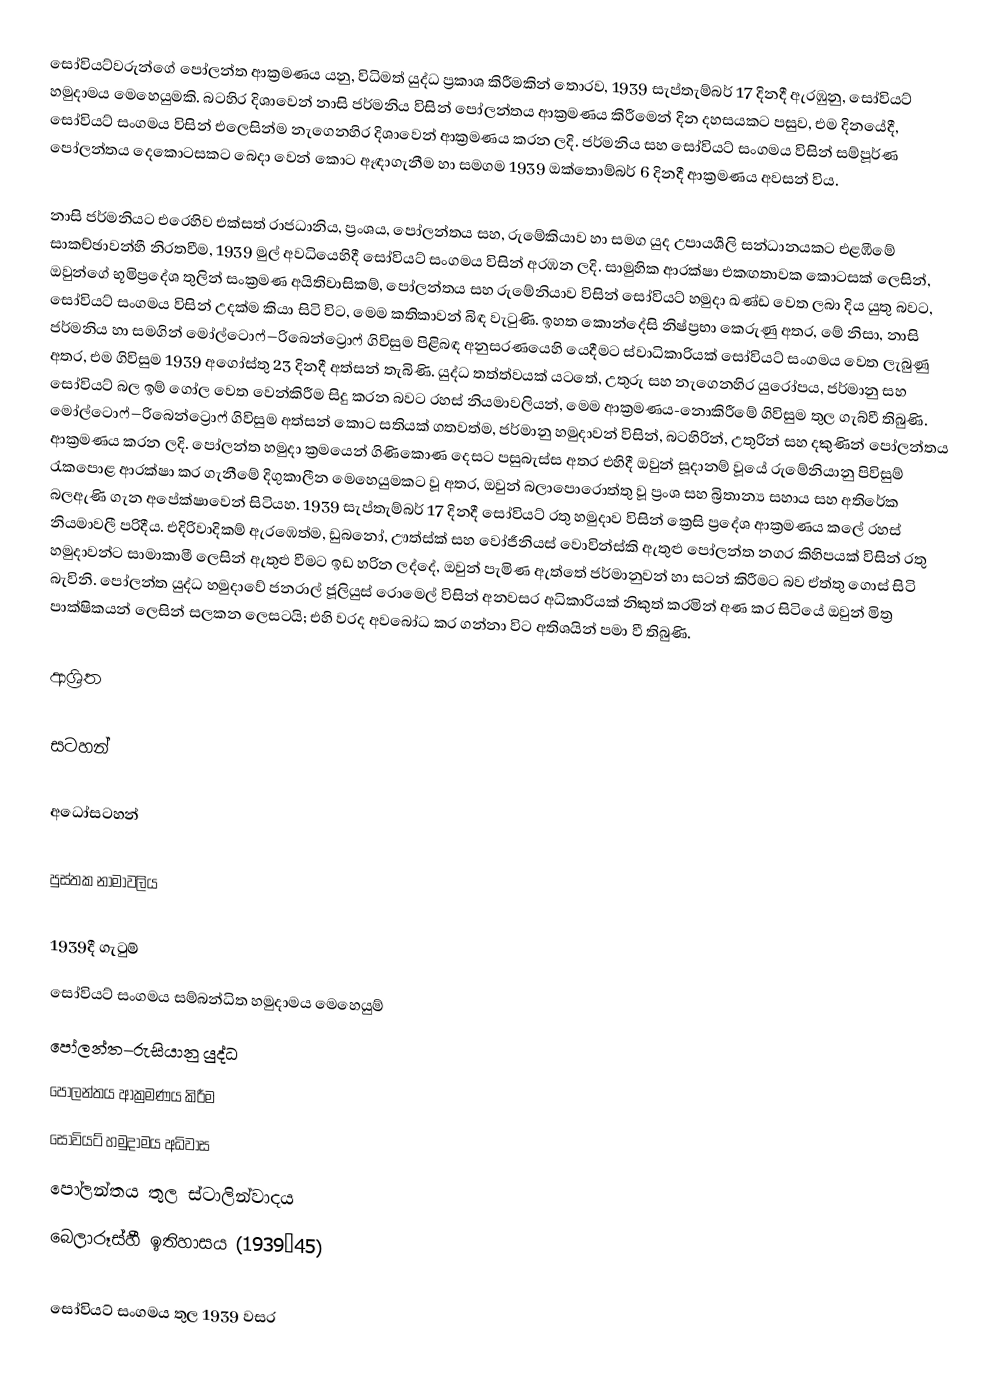
සෝවියට්වරුන්ගේ පෝලන්ත ආක්‍රමණය යනු, විධිමත්   යුද්ධ ප්‍රකාශ කිරීමකින් තොරව,  1939 සැප්තැම්බර් 17 දිනදී ඇරඹුනු, සෝවියට් හමුදාමය මෙහෙයුමකි.  බටහිර දිශාවෙන් නාසි ජර්මනිය විසින් පෝලන්තය ආක්‍රමණය කිරීමෙන් දින දහසයකට පසුව, එම දිනයේදී, සෝවියට් සංගමය විසින් එලෙසින්ම නැගෙනහිර දිශාවෙන් ආක්‍රමණය කරන ලදි. ජර්මනිය සහ සෝවියට් සංගමය විසින්  සම්පූර්ණ   පෝලන්තය දෙකොටසකට බෙදා වෙන් කොට ඈඳාගැනීම හා සමගම 1939 ඔක්තොම්බර් 6 දිනදී ආක්‍රමණය අවසන් විය.

නාසි ජර්මනියට එරෙහිව එක්සත් රාජධානිය, ප්‍රංශය, පෝලන්තය සහ, රුමේකියාව හා සමග යුද උපායශීලි සන්ධානයකට එළඹීමේ  සාකච්ඡාවන්හී නිරතවීම,  1939 මුල් අවධියෙහිදී සෝවියට් සංගමය විසින් අරඹන ලදි. සාමුහික ආරක්ෂා එකඟතාවක කොටසක් ලෙසින්, ඔවුන්ගේ භූමිප්‍රදේශ තුලින් සංක්‍රමණ අයිතිවාසිකම්, පෝලන්තය සහ රුමේනියාව විසින් සෝවියට් හමුදා ඛණ්ඩ වෙත ලබා දිය යුතු බවට, සෝවියට් සංගමය විසින් උදක්ම කියා සිටි විට, මෙම කතිකාවන් බිඳ වැටුණි.  ඉහත කොන්දේසි නිෂ්ප්‍රභා කෙරුණු අතර, මේ නිසා, නාසි ජර්මනිය හා සමගින් මෝල්ටොෆ්–රිබෙන්ට්‍රොෆ් ගිවිසුම පිළිබඳ අනුසරණයෙහි යෙදීමට ස්වාධිකාරියක් සෝවියට් සංගමය වෙත ලැබුණු අතර, එම ගිවිසුම 1939 අගෝස්තු 23 දිනදී අත්සන් තැබිණි. යුද්ධ තත්ත්වයක් යටතේ,  උතුරු සහ නැගෙනහිර යුරෝපය, ජර්මානු සහ සෝවියට් බල ඉම් ගෝල වෙත වෙන්කිරීම සිදු කරන බවට රහස් නියමාවලියන්, මෙම ආක්‍රමණය-නොකිරීමේ ගිවිසුම තුල ගැබ්වී තිබුණි. මෝල්ටොෆ්–රිබෙන්ට්‍රොෆ් ගිවිසුම අත්සන් කොට සතියක් ගතවත්ම, ජර්මානු හමුදාවන් විසින්, බටහිරින්, උතුරින් සහ දකුණින් පෝලන්තය ආක්‍රමණය කරන ලදි. පෝලන්ත හමුදා ක්‍රමයෙන් ගිණිකොණ දෙසට පසුබැස්ස අතර එහිදී ඔවුන් සූදානම් වූයේ  රුමේනියානු පිවිසුම් රැකපොළ ආරක්ෂා කර ගැනීමේ දිගුකාලීන මෙහෙයුමකට වූ අතර, ඔවුන් බලාපොරොත්තු වූ ප්‍රංශ සහ බ්‍රිතාන්‍ය සහාය සහ අතිරේක බලඇණි ගැන අපේක්ෂාවෙන් සිටියහ. 1939 සැප්තැම්බර් 17 දිනදී සෝවියට් රතු හමුදාව විසින් ක්‍රෙසි ප්‍රදේශ ආක්‍රමණය කලේ රහස් නියමාවලී පරිදීය. එදිරිවාදිකම් ඇරඹෙත්ම,  ඩුබනෝ, ඌත්ස්ක් සහ වෝජීනියස් වොවින්ස්කි ඇතුළු පෝලන්ත නගර කිහිපයක් විසින් රතු හමුදාවන්ට සාමාකාමී ලෙසින් ඇතුළු වීමට ඉඩ හරින ලද්දේ, ඔවුන් පැමිණ ඇත්තේ ජර්මානුවන් හා සටන් කිරීමට බව ඒත්තු ගොස් සිටි බැවිනි. පෝලන්ත යුද්ධ හමුදාවේ ජනරාල් ජූලියුස් රොමෙල් විසින් අනවසර අධිකාරියක් නිකුත් කරමින් අණ කර සිටියේ ඔවුන් මිත්‍ර පාක්ෂිකයන් ලෙසින් සලකන ලෙසටයි; එහි වරද අවබෝධ කර ගන්නා විට අතිශයින් පමා වී තිබුණි.

ආශ්‍රිත

සටහන්

අධෝසටහන්

පුස්තක නාමාවලිය

1939දී ගැටුම්
සෝවියට් සංගමය සම්බන්ධිත හමුදාමය මෙහෙයුම්
පෝලන්ත–රුසියානු යුද්ධ
පෝලන්තය ආක්‍රමණය කිරීම
සෝවියට් හමුදාමය අධිවාස
පෝලන්තය තුල ස්ටාලින්වාදය
බෙලාරූස්හී ඉතිහාසය (1939–45)

සෝවියට් සංගමය තුල 1939 වසර